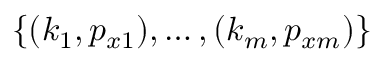
\{ ( k _ { 1 } , p _ { x 1 } ) , \dots , ( k _ { m } , p _ { x m } ) \}